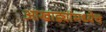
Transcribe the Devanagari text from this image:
आखाड्यांमध्येच